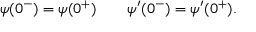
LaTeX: \psi ( 0 ^ { - } ) = \psi ( 0 ^ { + } ) \qquad \psi ^ { \prime } ( 0 ^ { - } ) = \psi ^ { \prime } ( 0 ^ { + } ) .